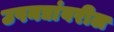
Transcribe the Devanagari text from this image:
उपनद्यांवरील